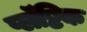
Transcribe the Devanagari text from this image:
प्लॅष्टिक